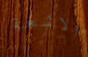
الاشعة